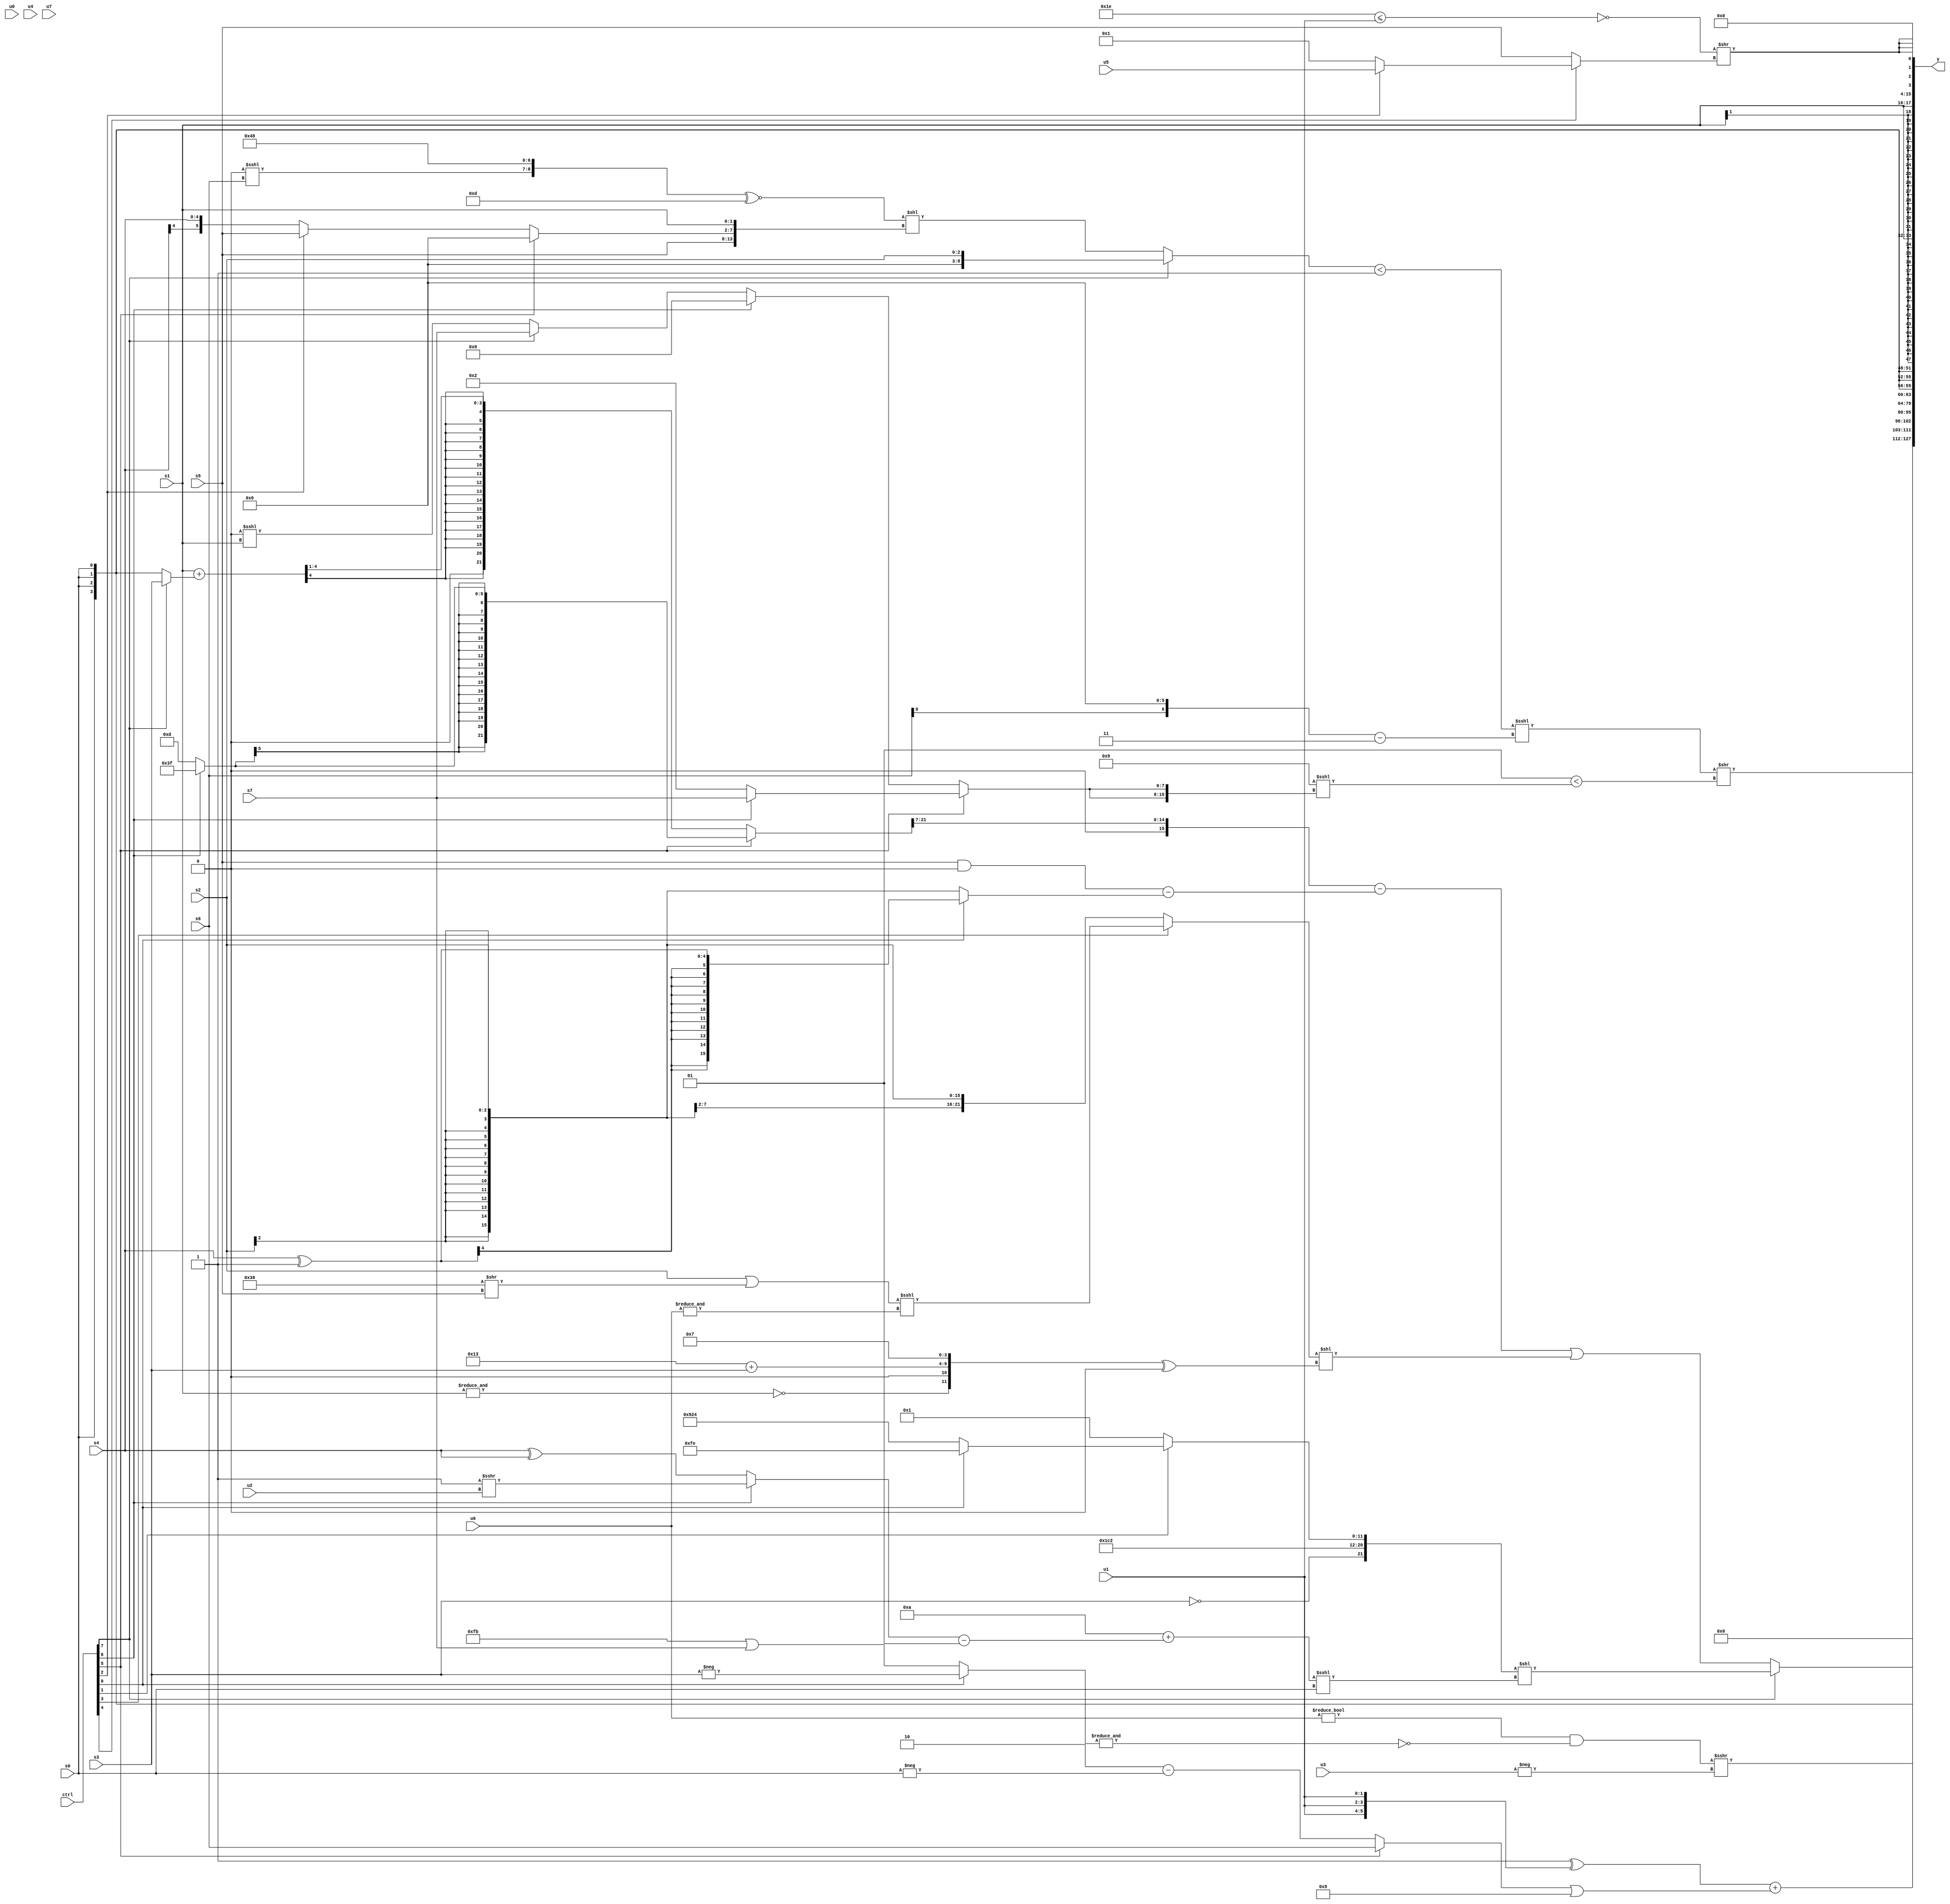
module wideexpr_00495(ctrl, u0, u1, u2, u3, u4, u5, u6, u7, s0, s1, s2, s3, s4, s5, s6, s7, y);
  input [7:0] ctrl;
  input [0:0] u0;
  input [1:0] u1;
  input [2:0] u2;
  input [3:0] u3;
  input [4:0] u4;
  input [5:0] u5;
  input [6:0] u6;
  input [7:0] u7;
  input signed [0:0] s0;
  input signed [1:0] s1;
  input signed [2:0] s2;
  input signed [3:0] s3;
  input signed [4:0] s4;
  input signed [5:0] s5;
  input signed [6:0] s6;
  input signed [7:0] s7;
  output [127:0] y;
  wire [15:0] y0;
  wire [15:0] y1;
  wire [15:0] y2;
  wire [15:0] y3;
  wire [15:0] y4;
  wire [15:0] y5;
  wire [15:0] y6;
  wire [15:0] y7;
  assign y = {y0,y1,y2,y3,y4,y5,y6,y7};
  assign y0 = ((((ctrl[7]?s2:(({$signed((2'b00)<<<(s6)),$signed($signed(4'b1001)),{(3'sb000)^~(1'sb1)}})^~(5'b01101))<<({$signed(+(+(s5))),$signed((ctrl[5]?$signed(5'sb00000):(ctrl[2]?s5:s4))),s1})))<(2'b01))<<<(((s6)<<<(3'sb110))-({2{$unsigned(~^((5'sb00010)>>>(3'sb101)))}})))>>((2'sb01)<(($signed(5'b01001))<<<({2{(ctrl[5]?(ctrl[6]?s7:4'sb0010):(ctrl[6]?+(|((1'b1)==(3'sb111))):(ctrl[7]?s7:(2'sb00)<<<($signed(s1)))))}})));
  assign y1 = {1{$signed(($signed((~&({~(u4),$unsigned(3'sb001),^(s3),s4}))^({3{$signed($signed(u1))}})))+(((ctrl[5]?s6:(5'sb11110)-(-(s0))))|(5'sb00101)))}};
  assign y2 = (ctrl[7]?$signed(({!($signed(s3)),4'sb1110,$signed(5'sb00010),(ctrl[1]?(ctrl[0]?{-(1'sb0),(2'sb10)!=(4'sb0100),{3{2'sb11}},~&(1'sb1)}:$signed({4{3'b100}})):~&((+(5'sb00100))>>(6'sb111000)))})<<(((-(+((3'sb111)+(5'sb00111))))+(((ctrl[6]?(1'sb1)>>>(u2):(s4)^(s4)))-($signed($signed(3'sb001)))))<<<($unsigned(s0)))):((((ctrl[5]?$signed((ctrl[6]?+(6'sb111111):-(6'sb110011))):((s1)+((ctrl[7]?s3:s0)))>>(-(3'b111))))>>(5'b00111))-((+($signed((s5)&(-(2'sb00)))))-(+(+((ctrl[0]?(s4)^(1'sb1):+(s2)))))))|(((ctrl[3]?($signed(($unsigned(s2))|((6'b110110)>>(s5))))<<<(&(u6)):s2))<<(($signed({1{{~&(s1),(1'sb0)<<(5'sb01101),(6'sb010011)+(s3),(1'sb0)^~(4'sb1000)}}}))^({2{(3'sb000)>=(6'sb010001)}}))));
  assign y3 = (((u6)!=(4'sb0000))&(~|(^(&((ctrl[0]?-(s3):(-(3'b101))|(s7)))))))>>>(-(u3));
  assign y4 = s0;
  assign y5 = $signed(s1);
  assign y6 = s1;
  assign y7 = {4{(~(($signed(5'b11110))<=((u1)<<<(1'sb0))))>>((ctrl[4]?$unsigned((ctrl[2]?u5:1'b1)):s5))}};
endmodule